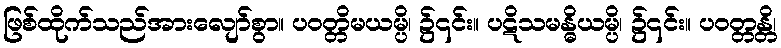
ဖြစ်ထိုက်သည်အားလျော်စွာ။ ပဝတ္တိမယမ္ပိ၊ ၌၎င်း။ ပဋိသမန္ဓိယမ္ပိ၊ ၌၎င်း။ ပဝတ္တန္တိ၊